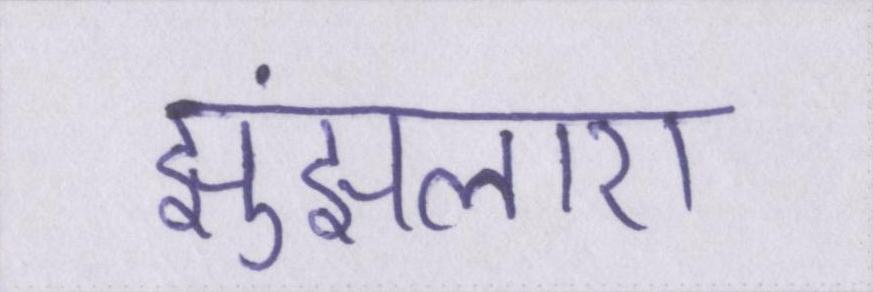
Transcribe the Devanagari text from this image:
झुंझलाए